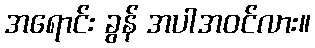
အရောင်း ခွန် အပါအဝင်လား။